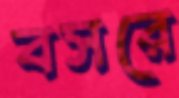
বসরে